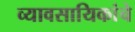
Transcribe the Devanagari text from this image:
व्यावसायिकांचे